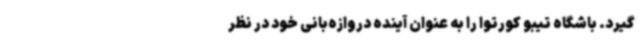
گیرد. باشگاه تیبو کورتوا را به عنوان آینده دروازه‌بانی خود در نظر